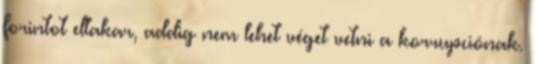
forintot eltakar, addig nem lehet véget vetni a korrupciónak.